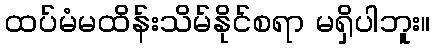
ထပ်မံမထိန်းသိမ်နိုင်စရာ မရှိပါဘူး။